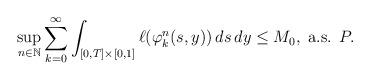
LaTeX: \begin{align*}\sup_{n\in \mathbb{N}}\sum_{k=0}^{\infty }\int_{[0,T]\times \lbrack0,1]}\ell (\varphi _{k}^{n}(s,y))\,ds\,dy\leq M_{0},\mbox{ a.s. }{P}. \end{align*}